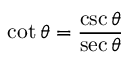
\cot \theta = { \frac { \csc \theta } { \sec \theta } }